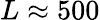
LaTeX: L\approx 500